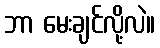
ဘာ မေးချင်လို့လဲ။